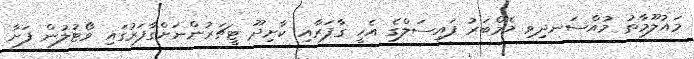
މައުލޫމާތު މުއްސަނދިވި މެމްބަރު ފައިސަލްގެ އެހީ ގާފަރާއި ކާށިދޫ ޓީޗަރުންނަށްގާފަރުގައި ވޯޓުލުން ފަށާ